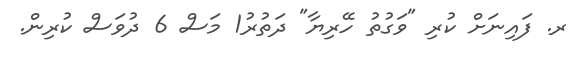
ރ. ފައިނަށް ކުރި "ވަގުތު ހޭރިޔާ" ދަތުރު1 މަސް 6 ދުވަސް ކުރިން.